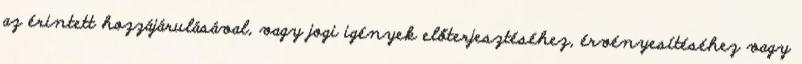
az érintett hozzájárulásával, vagy jogi igények előterjesztéséhez, érvényesítéséhez vagy